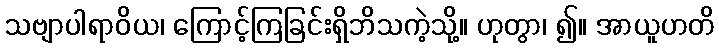
သဗျာပါရာဝိယ၊ ကြောင့်ကြခြင်းရှိဘိသကဲ့သို့။ ဟုတွာ၊ ၍။ အာယူဟတိ